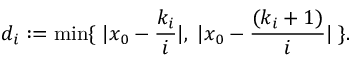
d _ { i } : = \operatorname* { m i n } \{ \; | x _ { 0 } - { \frac { k _ { i } } { i } } | , \; | x _ { 0 } - { \frac { ( k _ { i } + 1 ) } { i } } | \; \} .